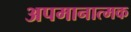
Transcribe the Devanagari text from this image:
अपमानात्मक